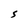
Character: S